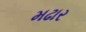
મઢાર